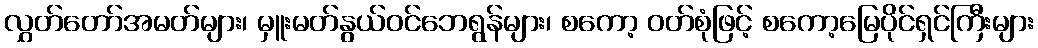
လွှတ်တော်အမတ်များ၊ မှူးမတ်နွယ်ဝင်ဘေရွန်များ၊ စကော့ ဝတ်စုံဖြင့် စကော့မြေပိုင်ရှင်ကြီးများ